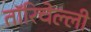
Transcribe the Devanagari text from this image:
तॉरिचेल्ली